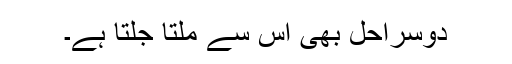
دوسراحل بھی اس سے ملتا جلتا ہے۔